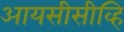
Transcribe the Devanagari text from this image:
आयसीसीव्हि